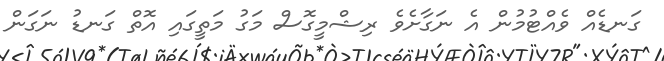
ގަނޑެއް ވެއްޓުމުން އެ ނަގާށެވެ ރިޝްމީގޮސް މަގު މަތީގައި އޮތްް ގަނޑު ނަގަން